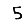
Digit: 5